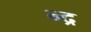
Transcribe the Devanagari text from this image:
न्द्र